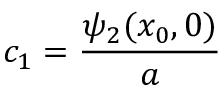
c _ { 1 } = { \frac { \psi _ { 2 } ( x _ { 0 } , 0 ) } { a } }